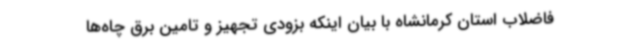
فاضلاب استان کرمانشاه با بیان اینکه بزودی تجهیز و تامین برق چاه‌ها